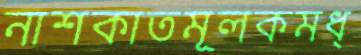
নাশকাতমূলকমধ্